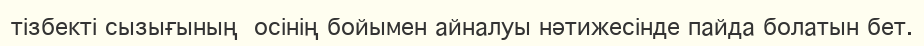
тізбекті сызығының  осінің бойымен айналуы нәтижесінде пайда болатын бет.